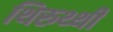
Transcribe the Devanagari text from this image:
थिरुथ्थी